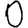
Digit: 0